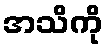
အသိကို